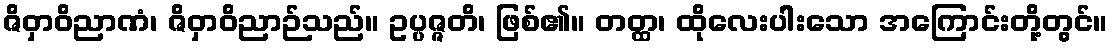
ဇိဝှာဝိညာဏံ၊ ဇိဝှာဝိညာဉ်သည်။ ဥပ္ပဇ္ဇတိ၊ ဖြစ်၏။ တတ္ထ၊ ထိုလေးပါးသော အကြောင်းတို့တွင်။